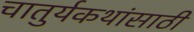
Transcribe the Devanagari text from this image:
चातुर्यकथांसाठी